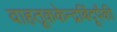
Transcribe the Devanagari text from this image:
वाहतूककेन्द्रबिंदूपैकी